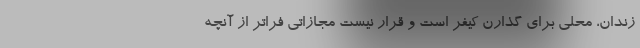
زندان، محلي براي گذارن كيفر است و قرار نيست مجازاتي فراتر از آنچه‌